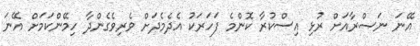
އޭނަ ނަޞްރާއަށް ރުޅި އިސްކުރާ ކޮންމެ ފަހަރަކު އެދެމެދަށް ވެރިވެގެންދާ ހިމޭންކަމަށް އޭނަ